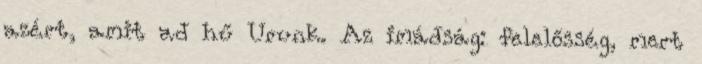
azért, amit ad hű Urunk. Az imádság: felelősség, mert